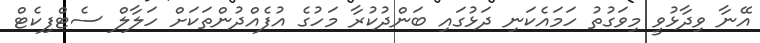
އޭނާ ވިދާޅުވީ މިވަގުތު ހަމައެކަނި ދަޅުގައި ބަންދުކުރާ މަހުގެ އުފެއްދުންތަކަށް ހަލާލް ސެޓްފިކެޓް